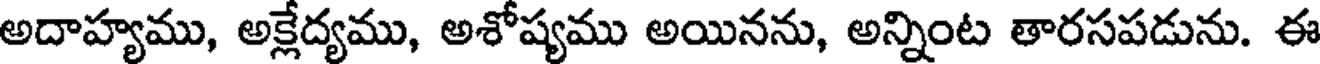
అదాహ్యము, అక్లేద్యము, అశోష్యము అయినను, అన్నింట తారసపడును. ఈ